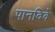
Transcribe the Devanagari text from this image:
पानदिवे